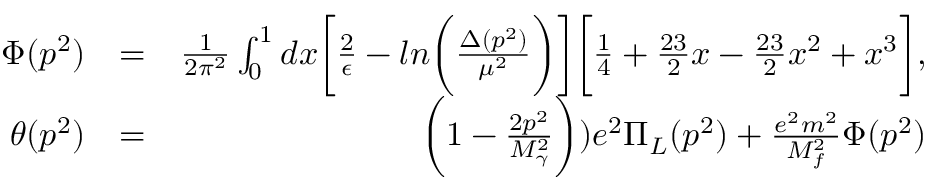
\begin{array} { r l r } { \Phi ( p ^ { 2 } ) } & { = } & { \frac { 1 } { 2 \pi ^ { 2 } } \int _ { 0 } ^ { 1 } d x \biggl [ \frac { 2 } { \epsilon } - l n \biggl ( \frac { \Delta ( p ^ { 2 } ) } { \mu ^ { 2 } } \biggr ) \biggr ] \biggl [ \frac { 1 } { 4 } + \frac { 2 3 } { 2 } x - \frac { 2 3 } { 2 } x ^ { 2 } + x ^ { 3 } \biggr ] , } \\ { \theta ( p ^ { 2 } ) } & { = } & { \biggl ( 1 - \frac { 2 p ^ { 2 } } { M _ { \gamma } ^ { 2 } } \biggr ) ) e ^ { 2 } \Pi _ { L } ( p ^ { 2 } ) + \frac { e ^ { 2 } m ^ { 2 } } { M _ { f } ^ { 2 } } \Phi ( p ^ { 2 } ) } \end{array}